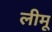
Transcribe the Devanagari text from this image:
लीमू